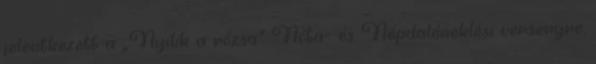
jelentkezett a „Nyílik a rózsa” Nóta- és Népdaléneklési versenyre,